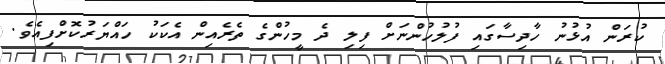
ކުރަން އުޅުނު ހާދިސާގައި ފުލުހުންނަށް ފިލި ދެ މީހުންގެ ތެރެއިން އެކަކު ހައްޔަރުކޮށްފިއެވެ.